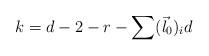
LaTeX: \begin{align*}k=d-2-r-\sum (\vec l_0)_i d\end{align*}